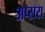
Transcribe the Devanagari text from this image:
अप्‍सरा